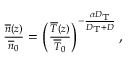
\begin{array} { r } { { \frac { \overline { { n } } ( z ) } { \overline { { n } } _ { 0 } } } = \left( { \frac { \overline { { T } } ( z ) } { \overline { { T } } _ { 0 } } } \right) ^ { - { \frac { \alpha D _ { \mathrm { T } } } { D _ { \mathrm { T } } + D } } } , } \end{array}